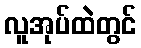
လူအုပ်ထဲတွင်